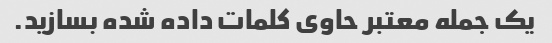
یک جمله معتبر حاوی کلمات داده شده بسازید.